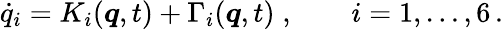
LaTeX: \dot{q}_{i}=K_{i}(\boldsymbol{q},t)+\Gamma_{i}(\boldsymbol{q},t)\; ,\qquad i=1,\ldots,6\, .